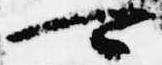
可